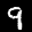
Label: 9